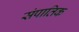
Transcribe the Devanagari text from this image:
संपातिक